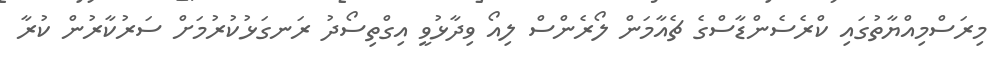
މިރަސްމިއްޔާތުގައި ކްރެސެންޑާސްގެ ޗެއާމަން ލޯރެންސް ލިއޯ ވިދާޅުވީ އިގްތިސޯދު ރަނގަޅުކުރުމަށް ސަރުކާރުން ކުރާ